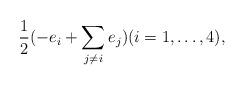
LaTeX: \begin{align*} \frac{1}{2}(-e_i+ \sum_{j\neq i}e_j)(i=1,\dots,4),\end{align*}